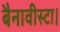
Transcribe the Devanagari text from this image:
बैनावीस्टा।